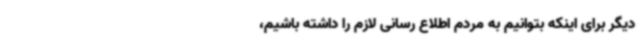
دیگر برای اینکه بتوانیم به مردم اطلاع رسانی لازم را داشته باشیم،